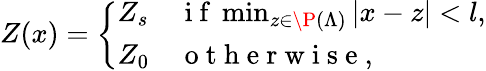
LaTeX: Z(x)=\left\{ \begin{array}{ll}{Z_{s}}&{\mathrm{~i~f~}\operatorname*{min}_{z\in\P(\Lambda)}|x-z|<l,}\\ {Z_{0}}&{\mathrm{~o~t~h~e~r~w~i~s~e~},}\end{array}\right.